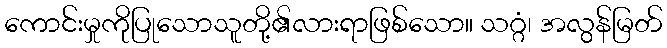
ကောင်းမှုကိုပြုသောသူတို့၏လားရာဖြစ်သော။ သဂ္ဂံ၊ အလွန်မြတ်